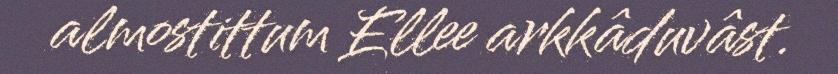
almostittum Ellee arkkâduvâst.